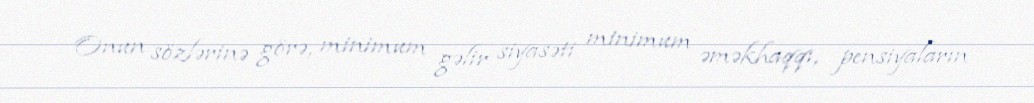
Onun sözlərinə görə, minimum gəlir siyasəti minimum əməkhaqqı, pensiyaların